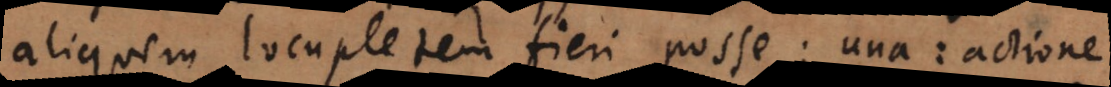
aliquem locupletem fieri posse; una: actione